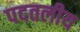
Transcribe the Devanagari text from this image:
पदतलीय